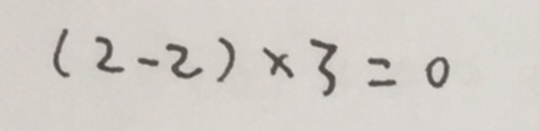
( 2 - 2 ) \times 3 = 0